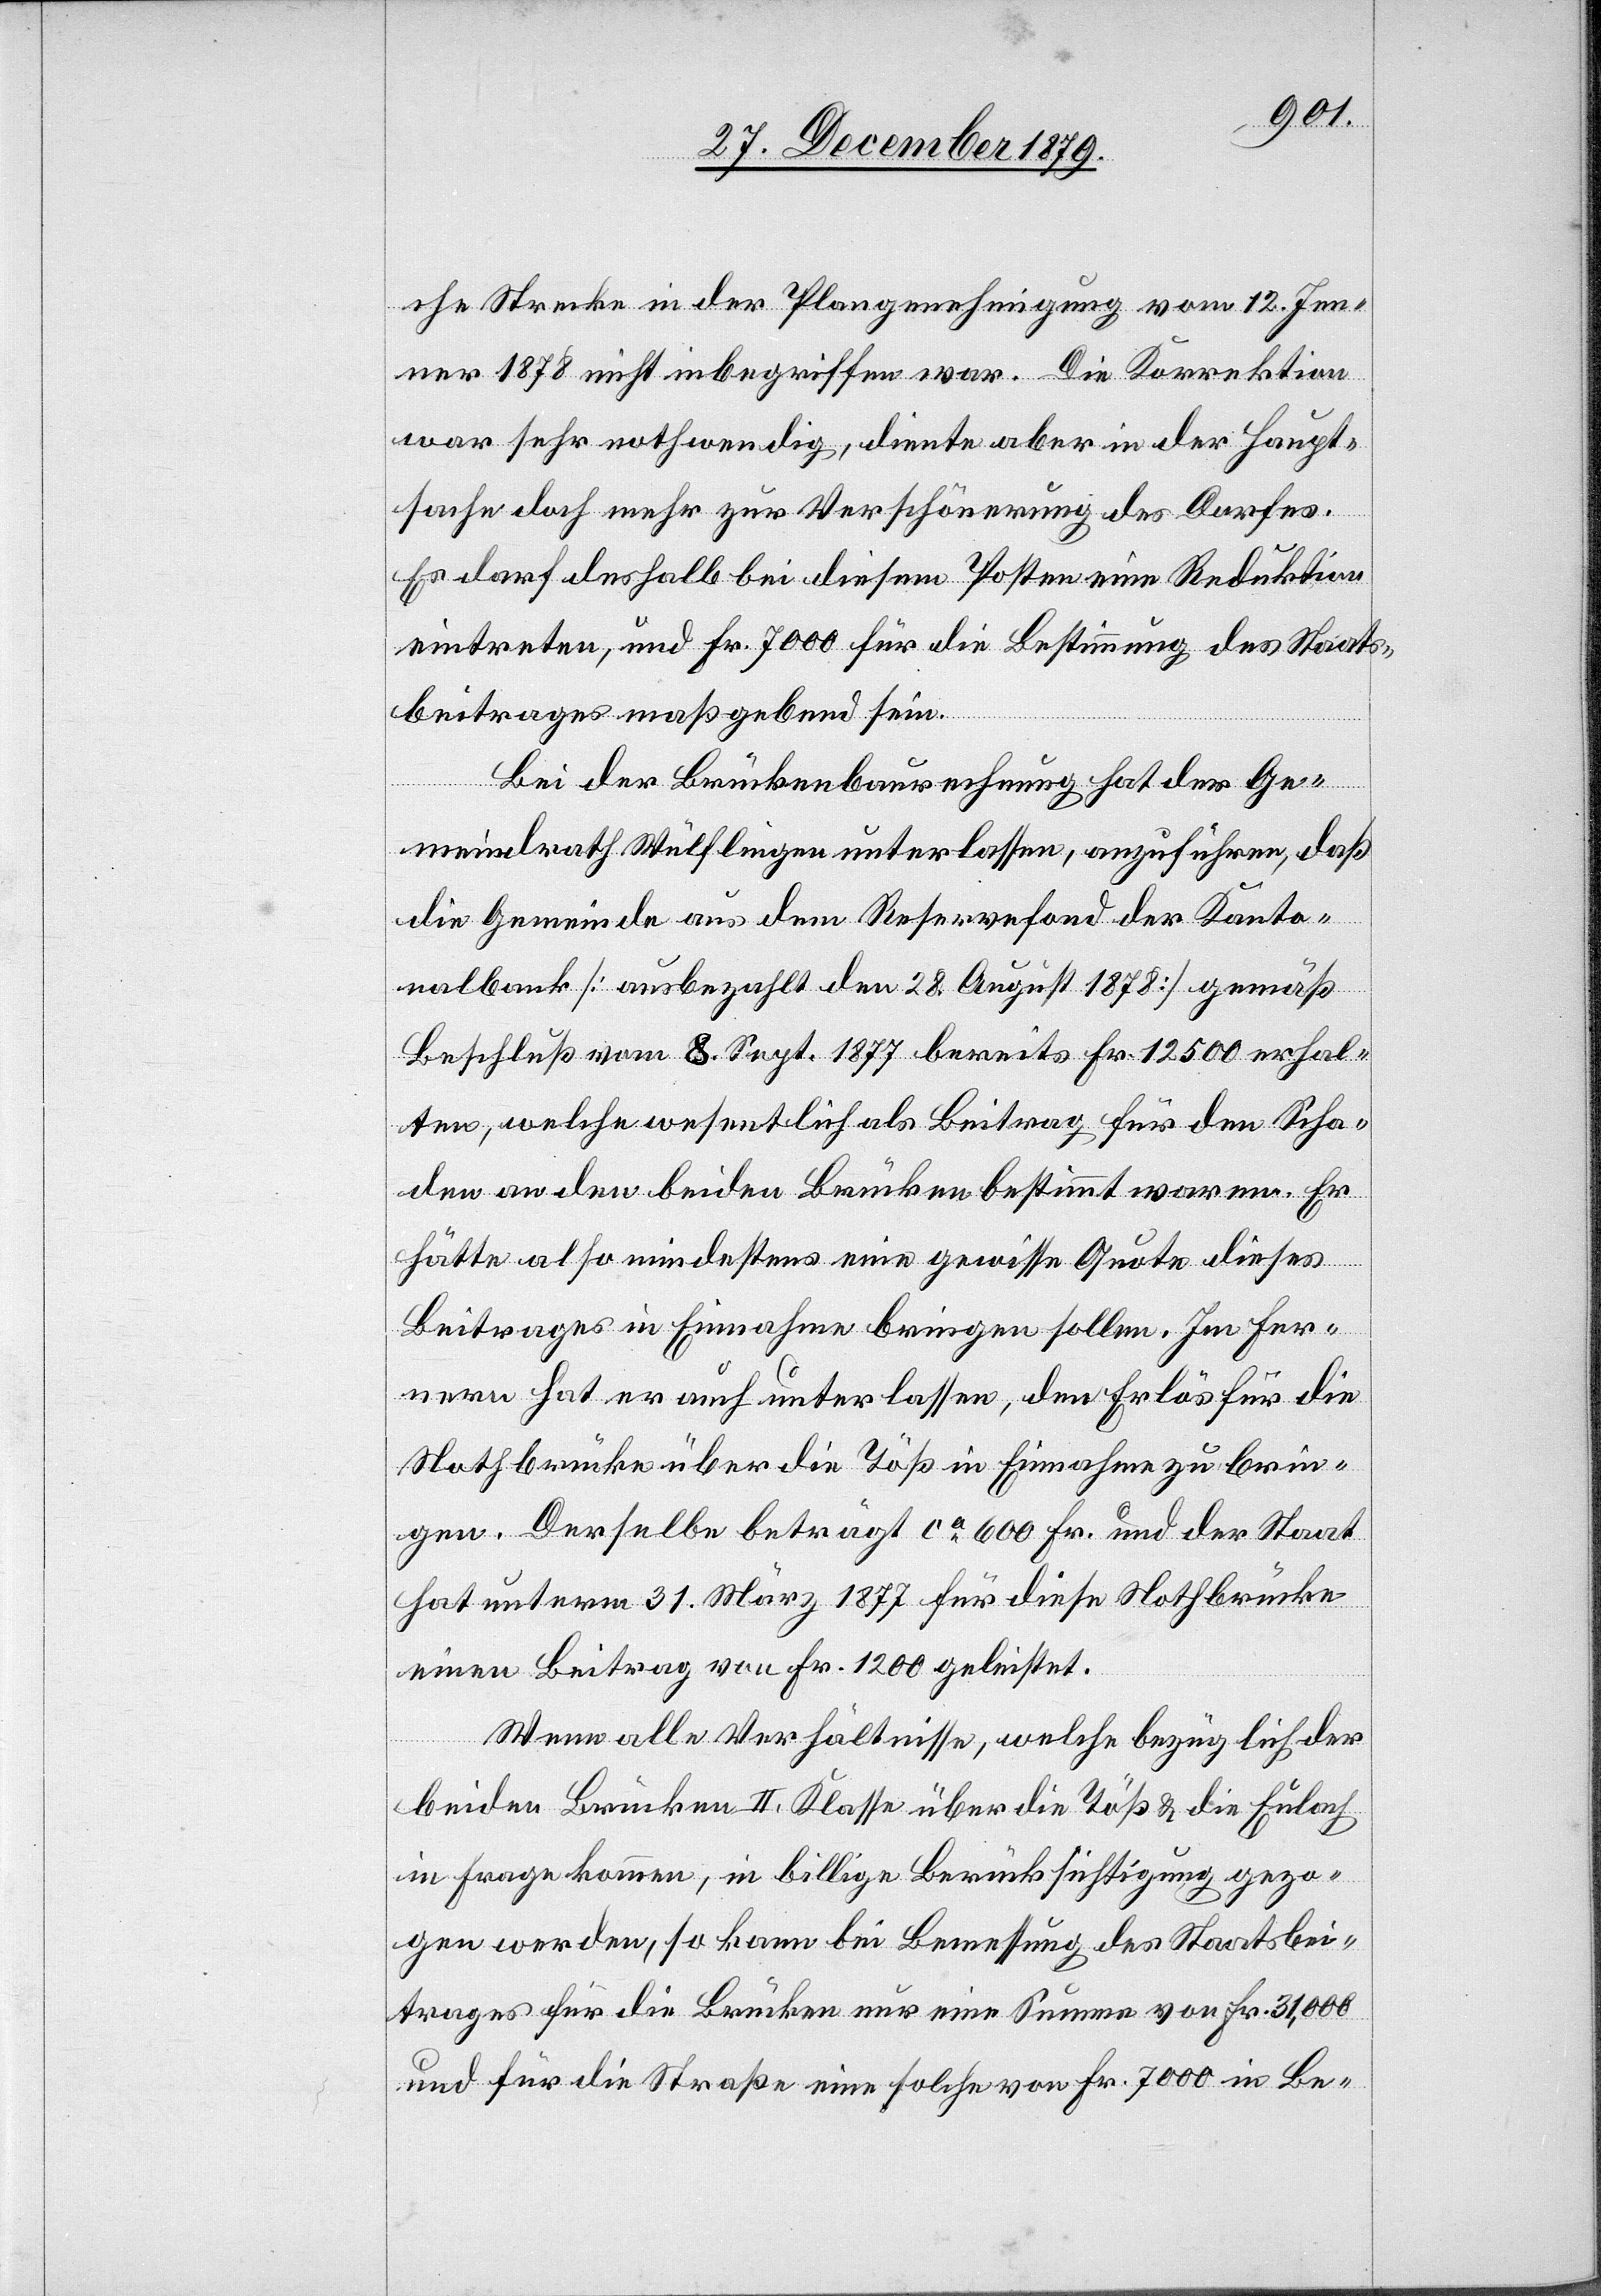
che Strecke in der Plangenehmigung vom 12. Jen¬
ner 1878 nicht inbegriffen war. Die Korrektion
war sehr nothwendig, diente aber in der Haupt¬
sache doch mehr zur Verschönerung des Dorfes.
Es darf deshalb bei diesem Posten eine Reduktion
eintreten, und Fr. 7000 für die Bestimmung des Staats¬
beitrages maßgebend sein.
Bei der Brückenbaurechnung hat der Ge¬
meindrath Wülflingen unterlassen, anzuführen, daß
die Gemeinde aus dem Reservefond der Kanto¬
nalbank [ausbezahlt den 28. August 1878] gemäß
Beschluß vom 8. Sept. 1877 bereits Fr. 12500 erhal¬
ten, welche wesentlich als Beitrag für den Scha¬
den an den beiden Brücken bestimmt waren. Er
hätte also mindestens eine gewisse Quote dieses
Beitrages in Einnahme bringen sollen. Im Fer¬
nern hat er auch unterlassen, den Erlös für die
Nothbrücke über die Töß in Einnahme zu brin¬
gen. Derselbe beträgt ca 600 Fr. und der Staat
hat unterm 31. März 1877 für diese Stadtbrücke
einen Beitrag von Fr. 1200 geleistet.
Wenn alle Verhältnisse, welche bezüglich der
beiden Brücken II. Klasse über die Töß & die Eulach
in Frage kommen, in billige Berücksichtigung gezo¬
gen werden, so kann bei Bemessung des Staatsbei¬
trages für die Brücken nur eine Summe von Fr. 31,000
und für die Straße eine solche von Fr. 7000 in Be-